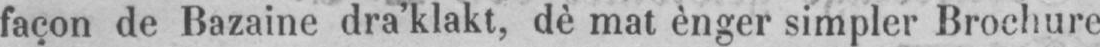
façon de Bazaine dra’klakt, dè mat ènger simpler Brochure